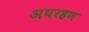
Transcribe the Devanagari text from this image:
अपरहण